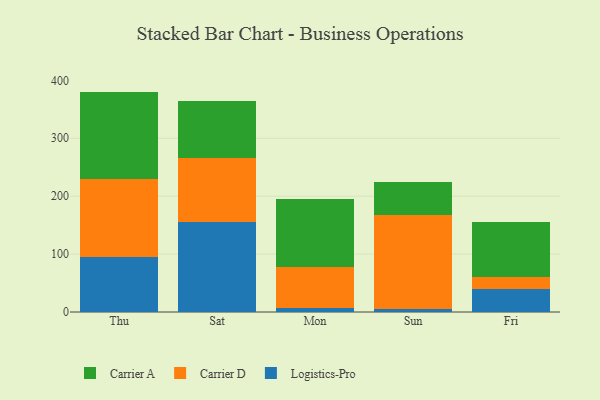
{"axis": {"x": "Day", "y": "Churn Rate (%)"}, "legend": ["Carrier A", "Carrier D", "Logistics-Pro"], "data": [{"x": "Thu", "y": 94.6, "type": "Logistics-Pro"}, {"x": "Thu", "y": 134.5, "type": "Carrier D"}, {"x": "Thu", "y": 151.5, "type": "Carrier A"}, {"x": "Sat", "y": 155.1, "type": "Logistics-Pro"}, {"x": "Sat", "y": 111.3, "type": "Carrier D"}, {"x": "Sat", "y": 97.8, "type": "Carrier A"}, {"x": "Mon", "y": 7.5, "type": "Logistics-Pro"}, {"x": "Mon", "y": 69.7, "type": "Carrier D"}, {"x": "Mon", "y": 117.6, "type": "Carrier A"}, {"x": "Sun", "y": 5.3, "type": "Logistics-Pro"}, {"x": "Sun", "y": 162.5, "type": "Carrier D"}, {"x": "Sun", "y": 57.5, "type": "Carrier A"}, {"x": "Fri", "y": 40.5, "type": "Logistics-Pro"}, {"x": "Fri", "y": 20.5, "type": "Carrier D"}, {"x": "Fri", "y": 94.9, "type": "Carrier A"}]}